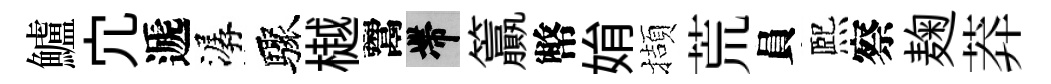
鱸宂遞潺驟樾鬻帶籯幣姢擷荒員熈察麹莽